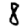
Digit: 8